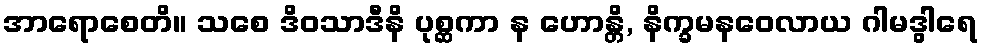
အာရောစေတိ။ သစေ ဒိဝသာဒီနိ ပုစ္ဆကာ န ဟောန္တိ, နိက္ခမနဝေလာယ ဂါမဒွါရေ